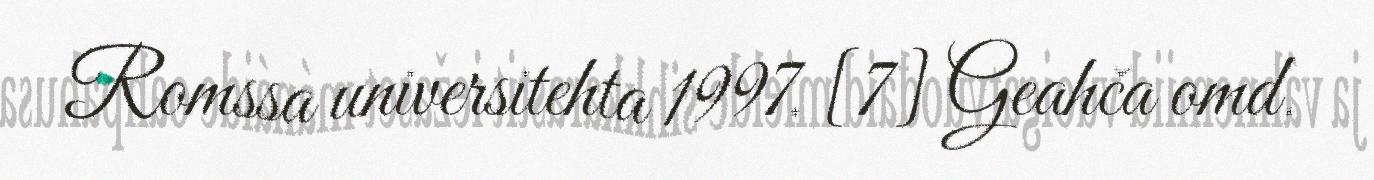
Romssa universitehta 1997. [7] Geahča omd.